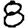
Digit: 8